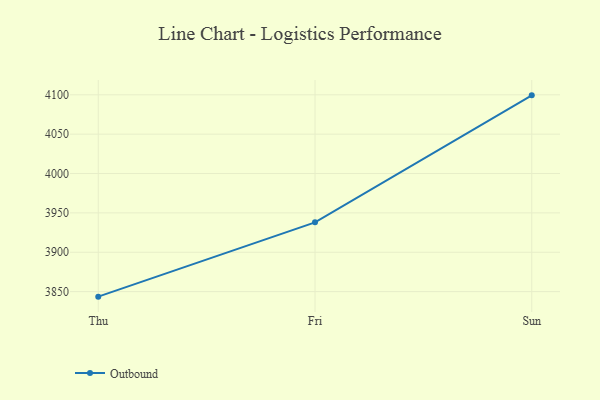
{"axis": {"x": "Day", "y": "Churn Rate (%)"}, "legend": ["Outbound"], "data": [{"x": "Thu", "y": 3843.6, "type": "Outbound"}, {"x": "Fri", "y": 3938.0, "type": "Outbound"}, {"x": "Sun", "y": 4099.3, "type": "Outbound"}]}